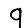
Digit: 9